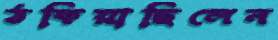
ঠকিয়াছিলেন